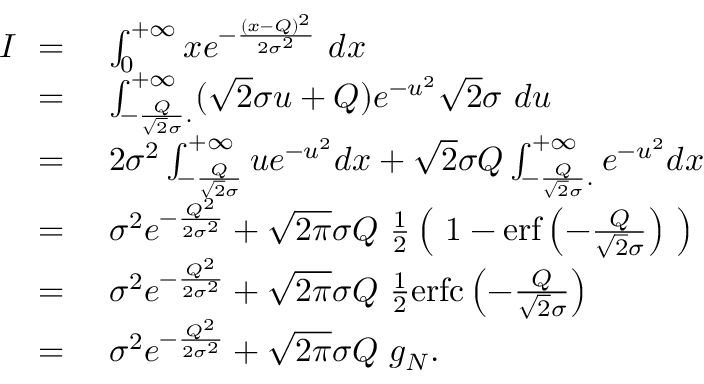
\begin{array} { r l } { I \ = \ } & { \int _ { 0 } ^ { + \infty } x e ^ { - \frac { ( x - Q ) ^ { 2 } } { 2 \sigma ^ { 2 } } } \ d x } \\ { \ = \ } & { \int _ { - \frac { Q } { \sqrt { 2 } \sigma } . } ^ { + \infty } ( \sqrt { 2 } \sigma u + Q ) e ^ { - u ^ { 2 } } \sqrt { 2 } \sigma \ d u } \\ { \ = \ } & { 2 \sigma ^ { 2 } \int _ { - \frac { Q } { \sqrt { 2 } \sigma } } ^ { + \infty } u e ^ { - u ^ { 2 } } d x + \sqrt { 2 } \sigma Q \int _ { - \frac { Q } { \sqrt { 2 } \sigma } . } ^ { + \infty } e ^ { - u ^ { 2 } } d x } \\ { \ = \ } & { \sigma ^ { 2 } e ^ { - \frac { Q ^ { 2 } } { 2 \sigma ^ { 2 } } } + \sqrt { 2 \pi } \sigma Q \ \frac { 1 } { 2 } \left( \ 1 - \mathrm { e r f } \left( - \frac { Q } { \sqrt { 2 } \sigma } \right) \ \right) } \\ { \ = \ } & { \sigma ^ { 2 } e ^ { - \frac { Q ^ { 2 } } { 2 \sigma ^ { 2 } } } + \sqrt { 2 \pi } \sigma Q \ \frac { 1 } { 2 } \mathrm { e r f c } \left( - \frac { Q } { \sqrt { 2 } \sigma } \right) } \\ { \ = \ } & { \sigma ^ { 2 } e ^ { - \frac { Q ^ { 2 } } { 2 \sigma ^ { 2 } } } + \sqrt { 2 \pi } \sigma Q \ g _ { N } . } \end{array}